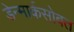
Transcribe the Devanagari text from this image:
डेन्मार्कसोबत